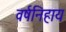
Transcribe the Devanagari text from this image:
वर्षनिहाय